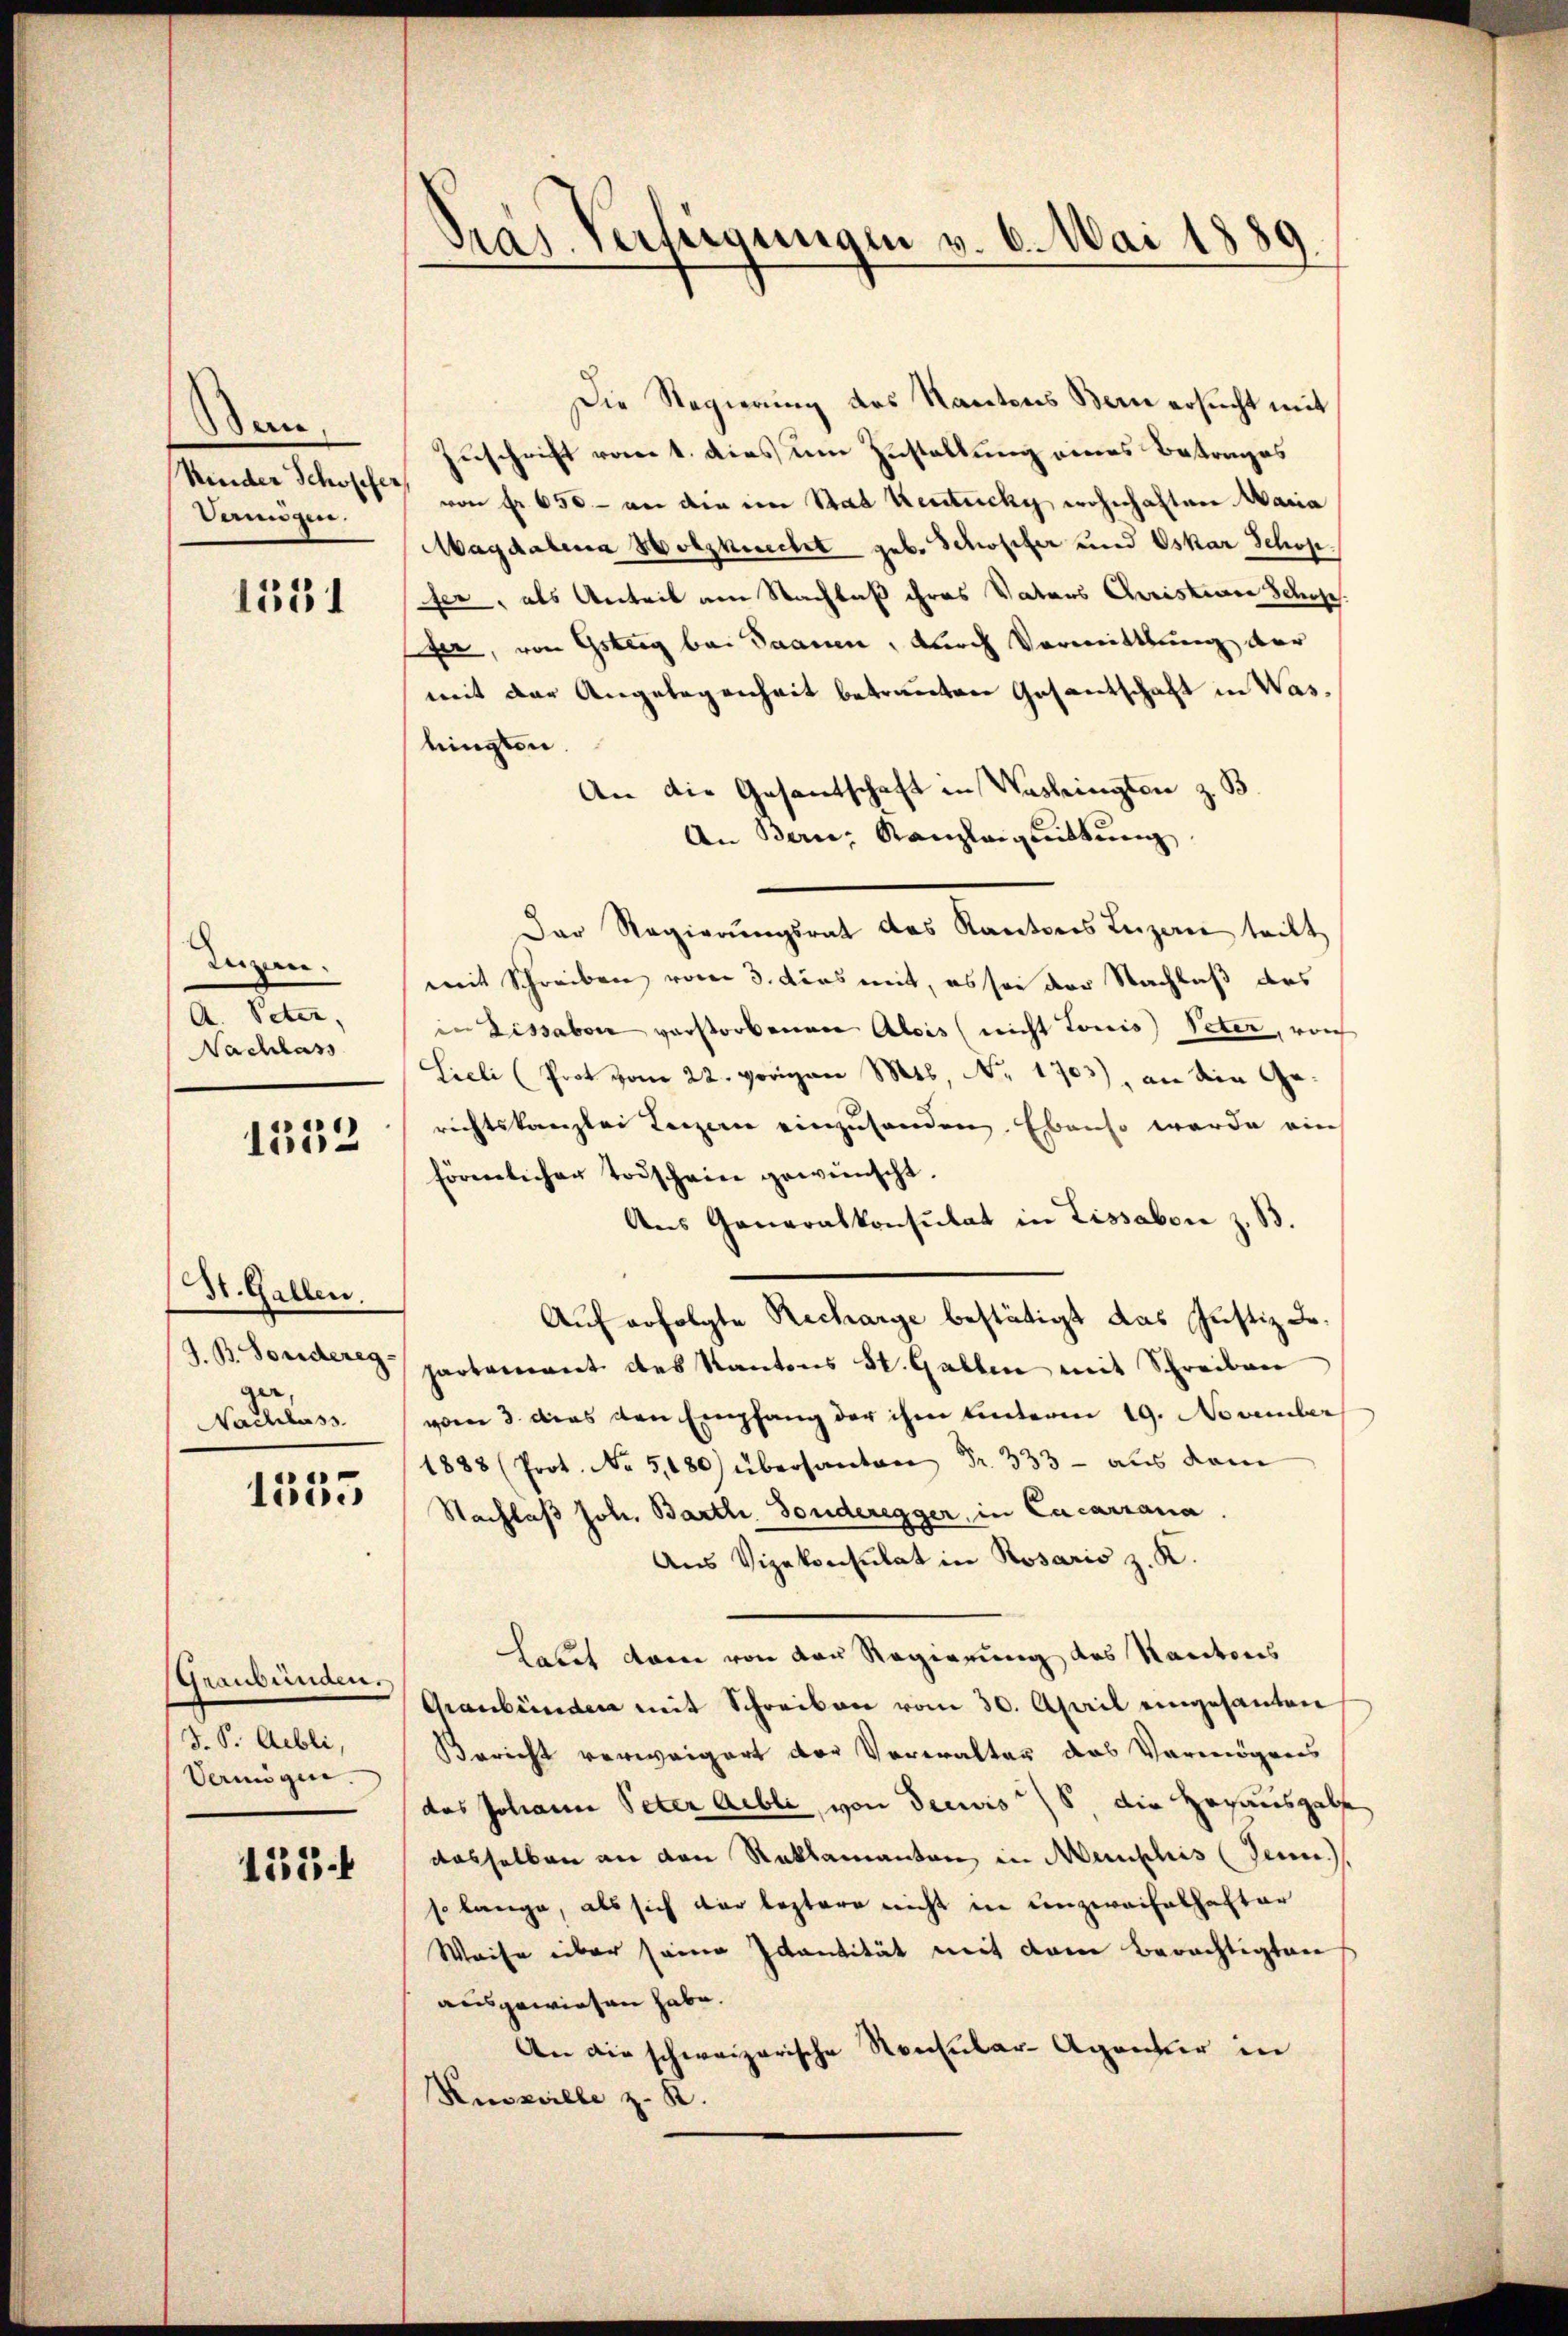
Ban
Kinder Schöpfer,
deungen.

men.
A. Peter,
Nachlass

)
lo-

St. Gallen.
3

1335

Graubünden.
J. P. Aibli,
Vermögen.

155.

Die Regierung des Kantons Bern ersucht mit
Zuschrift vom 1. dies um Zustellung eines Betrages
von Fr. 650.- an die im Stad Kentuchy wohnhaften Maria
Magdalena Holzknecht geb. Schopfer und Oskar Schop
15151 fer, als Anteil am Nachlaß ihres Vaters Christian Schose
Efer, von Gsteig bei Saanen, durch Vormittlung der
mit der Angelegenheit betrauten Gesantschaft in Wasbingten.
An die Gesantschaft in Washingten z. B.
An Bern, Kanzleigeittŭng
Der Regierŭngsrat des Kantons Luzern teilt
mit Schreiben vom 3. dies mit, es sei der Nachlaß des
in Dissabon verstorbenen Alois nicht tonis) Peter, vorh
Licli (Prot vom 22. vorigen Mis, No. 1703), an die Gerichtskanzlei Lenzern einzusenden. Ebenso werde ein
förmlicher Todscheine gewünscht.
Aus Generalkonsulat in Lissabon z. B.
Auf erfolgte Recharge bestätigt das Justiz Jo¬
J. B. Sondere partamant des Kantons St. Gallen mit Schreiben
NNachlass. vom 3. dies den Empfang der ihm hinteren 19. November
1888 (Prot. No 5,180) übersanten Fr. 333 - aus dem
Nachlaß Joh. Barth. Sonderegger, in Cacarrana
Aus Vizekonsulat in Rosaris z. K.
Latet dann von von Regierung des Kantons
Graubünden mit Schreiben vom 30. April eingesanten
Bericht verweigert der Verwalter das Vermögens
das Johann Peter Aeble, von deewis 5. die Herausgelf
dasselben an den Reklamanten in Menschis (Jenne.)
so lange, als sich der leztere nicht in ein zweifelhafter
Weise über seine Ivantität mit dem Berechtigten
ausgewiesen habe.
An die schweizerische Nachbar-Agenter in
Rizalle z. R.

Gras Verfügungen v. 6. Mai 1889